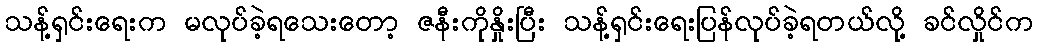
သန့်ရှင်းရေးက မလုပ်ခဲ့ရသေးတော့ ဇနီးကိုနှိုးပြီး သန့်ရှင်းရေးပြန်လုပ်ခဲ့ရတယ်လို့ ခင်လှိုင်က